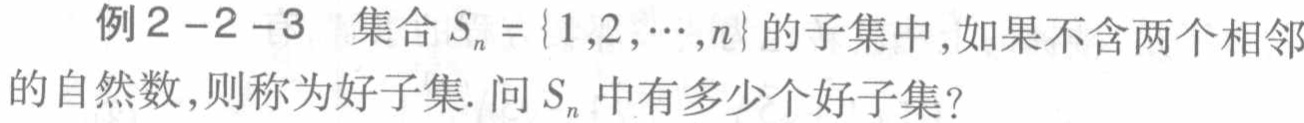
例 2 - 2 - 3 集合 \(S_{n}=\{1,2,\cdots,n\}\) 的子集中，如果不含两个相邻的自然数，则称为好子集. 问 \(S_{n}\) 中有多少个好子集？